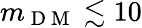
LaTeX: m_{\mathrm{~D~M~}}\lesssim 10